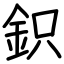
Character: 鉙